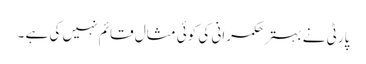
پارٹی نے بہتر حکمرانی کی کوئی مثال قائم نہیں کی ہے ۔